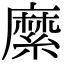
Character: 縻